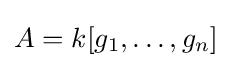
A=k[g_{1},\dots ,g_{n}]